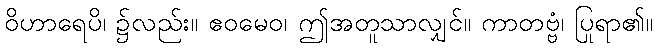
ဝိဟာရေပိ၊ ၌လည်း။ ဧဝမေဝ၊ ဤအတူသာလျှင်။ ကာတဗ္ဗံ၊ ပြုရာ၏။